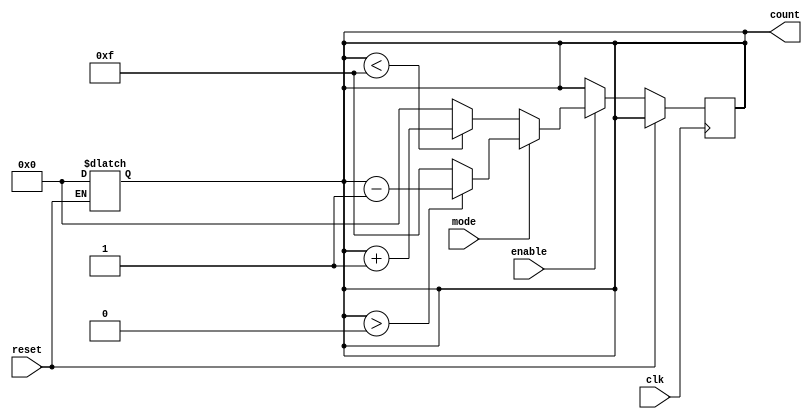
module async_reset_sync_counter (
    input wire clk,          // Clock signal
    input wire reset,        // Asynchronous reset signal
    input wire enable,       // Count enable signal
    input wire mode,         // Mode: 0 for up counter, 1 for down counter
    output reg [3:0] count   // 4-bit counter output
);

    // Parameter for maximum count value (for 4-bit counter)
    parameter MAX_COUNT = 4'b1111;
    parameter MIN_COUNT = 4'b0000;

    // Asynchronous reset logic
    always @* begin
        if (reset) begin
            count = MIN_COUNT;  // Reset to 0
        end
    end

    // Synchronous counting logic
    always @(posedge clk) begin
        if (!reset) begin  // Only count if reset is not active
            if (enable) begin
                if (mode == 1'b0) begin
                    // Up counting
                    if (count < MAX_COUNT) begin
                        count <= count + 1'b1;  // Increment
                    end else begin
                        count <= MIN_COUNT;     // Wrap around to 0
                    end
                end else begin
                    // Down counting
                    if (count > MIN_COUNT) begin
                        count <= count - 1'b1;  // Decrement
                    end else begin
                        count <= MAX_COUNT;     // Wrap around to MAX_COUNT
                    end
                end
            end
        end
    end

endmodule